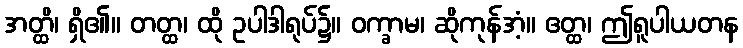
အတ္ထိ၊ ရှိ၏။ တတ္ထ၊ ထို ဥပါဒါရုပ်၌။ ဝက္ခာမ၊ ဆိုကုန်အံ့။ ဧတ္ထ၊ ဤရူပါယတန